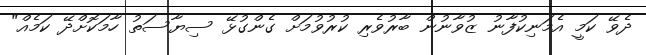
ދެވޭ ކަމީ އެމަނިކުފާނު ޒުވާނުން ބާރުވެރި ކުރުވުމަށް ގެންގުޅޭ ސިޔާސަތު ހާމަކޮށްދޭ ކަމެއް"